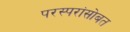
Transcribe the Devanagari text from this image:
परस्परांसोबत